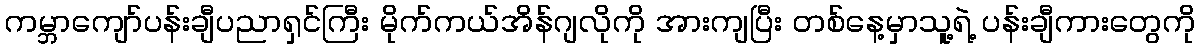
ကမ္ဘာကျော်ပန်းချီပညာရှင်ကြီး မိုက်ကယ်အိန်ဂျလိုကို အားကျပြီး တစ်နေ့မှာသူ့ရဲ့ ပန်းချီကားတွေကို